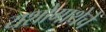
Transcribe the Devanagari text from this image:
यशोगाथेचे